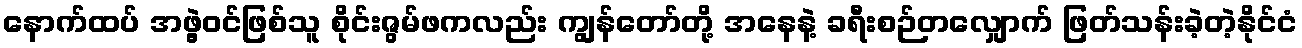
နောက်ထပ် အဖွဲ့ဝင်ဖြစ်သူ စိုင်းဇွမ်ဖကလည်း ကျွန်တော်တို့ အနေနဲ့ ခရီးစဉ်တလျှောက် ဖြတ်သန်းခဲ့တဲ့နိုင်ငံ